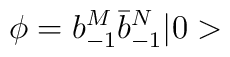
\phi = b_{-1}^M \bar b_{-1}^N \vert 0>